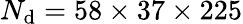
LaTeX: N_{\mathrm{d}}=58\times37\times225